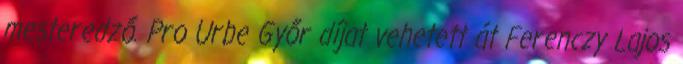
mesteredző. Pro Urbe Győr díjat vehetett át Ferenczy Lajos